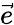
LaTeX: \vec{e}